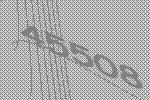
45508